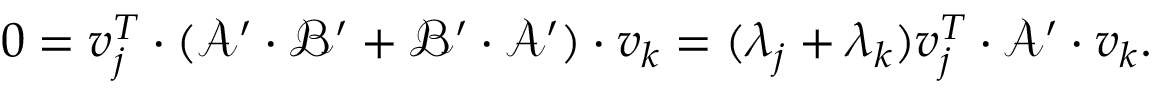
0 = v _ { j } ^ { T } \cdot ( \mathcal { A } ^ { \prime } \cdot \mathcal { B } ^ { \prime } + \mathcal { B } ^ { \prime } \cdot \mathcal { A } ^ { \prime } ) \cdot v _ { k } = ( \lambda _ { j } + \lambda _ { k } ) v _ { j } ^ { T } \cdot \mathcal { A } ^ { \prime } \cdot v _ { k } .